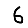
Digit: 6